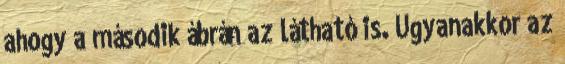
ahogy a második ábrán az látható is. Ugyanakkor az